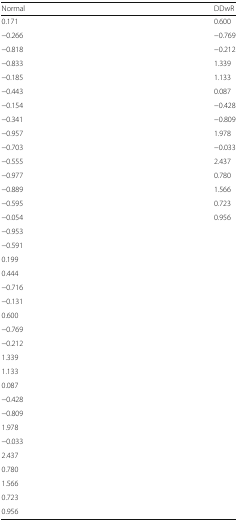
| Normal | DDwR |
 | --- | --- |
 | 0.171 | 0.600 |
 | −0.266 | −0.769 |
 | −0.818 | −0.212 |
 | −0.833 | 1.339 |
 | −0.185 | 1.133 |
 | −0.443 | 0.087 |
 | −0.154 | −0.428 |
 | −0.341 | −0.809 |
 | −0.957 | 1.978 |
 | −0.703 | −0.033 |
 | −0.555 | 2.437 |
 | −0.977 | 0.780 |
 | −0.889 | 1.566 |
 | −0.595 | 0.723 |
 | −0.054 | 0.956 |
 | −0.953 |  |
 | −0.591 |  |
 | 0.199 |  |
 | 0.444 |  |
 | −0.716 |  |
 | −0.131 |  |
 | 0.600 |  |
 | −0.769 |  |
 | −0.212 |  |
 | 1.339 |  |
 | 1.133 |  |
 | 0.087 |  |
 | −0.428 |  |
 | −0.809 |  |
 | 1.978 |  |
 | −0.033 |  |
 | 2.437 |  |
 | 0.780 |  |
 | 1.566 |  |
 | 0.723 |  |
 | 0.956 |  |